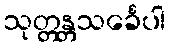
သုတ္တန္တသင်္ခေပါ